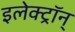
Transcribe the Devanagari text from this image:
इलेक्ट्रॉन्